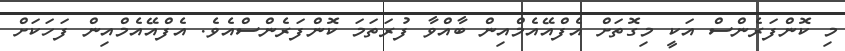
މި ކޮންފަރެންސް އަކީ މިގޮތަށް އެފްއޭއެމްއިން ބާއްވާ ފުރަތަމަ ކޮންފަރެންސްއެވެ. އެފްއޭއެމްއިން ފަހަކަށް